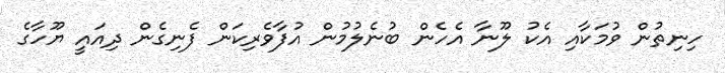
ހިނިތުން ވުމަކާއި އެކު ލޫނާ އެހެން ބުނެލުމުން އުފާވެރިކަން ފެނިގެން ދިއައީ ޔޫހާގެ